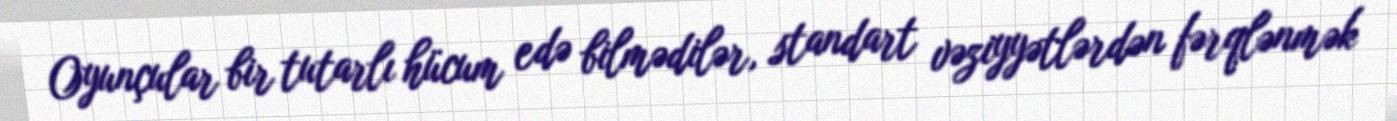
Oyunçular bir tutarlı hücum edə bilmədilər, standart vəziyyətlərdən fərqlənmək